Civil Veterinary Department Bihar & Orissa reports 1911-21 - 1911-1921
Year: 1911
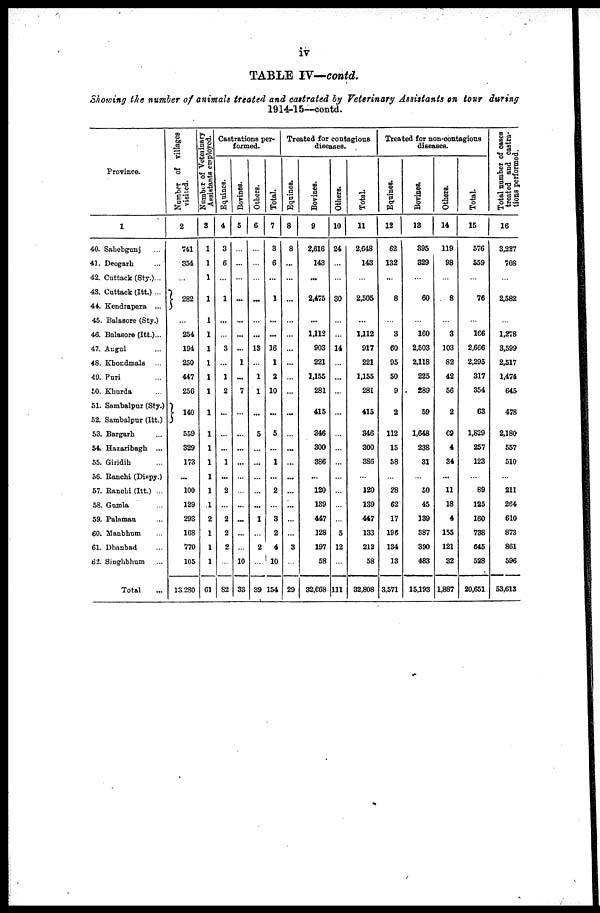
iv
TABLE IV— contd.
Showing the number of animals treated and castrated by Veterinary Assistants on tour during
1914-15--contd.
Province.
1
40. Sahebgunj ...
41. Deogarh ...
42. Cuttack (Sty.)...
43. Cuttack (Itt.) ...
44. Kendrapara ...
45. Balasore (Sty.)
46. Balasore (Itt.)...
47. Angul ...
48. Khondmals ...
49. Puri ...
50. Khurda ...
51. Sambalpur (Sty.)
52. Sambalpur (Itt.)
53. Bargarh ...
54. Hazaribagh ...
55. Giridih ...
56. Ranchi (Diapy.)
57. Ranchi (Itt.) ...
58. Gumla ...
59. Palamau ...
60. Manbhum ...
61. Dhanbad ...
62. Singhbhum ...
Total ...
Number of villages
visited.
2
741
354
...
282
...
254
194
250
447
256
140
559
329
173
...
100
129
293
168
770
105
13.280
Number of Veterinary
Assistants employed.
3
1
1
1
1
1
1
1
1
1
1
1
1
1
1
1
1
1
2
1
1
1
61
Castrations per-
formed.
Equincs.
4
3
6
...
1
...
...
3
...
1
2
...
...
...
1
...
2
...
2
2
2
...
82
Bovines.
5
...
...
...
...
...
...
...
1
...
7
...
...
...
...
...
...
...
...
...
...
10
33
Others.
6
...
...
...
...
...
...
13
...
1
1
...
5
...
...
...
...
...
1
...
2
...
39
Total.
7
3
6
...
1
...
...
16
1
2
10
...
5
...
1
...
2
...
3
2
4
10
154
Treated for contagious
diseases.
Equinca.
8
8
...
...
...
...
...
...
...
...
...
...
...
...
...
...
...
...
...
...
3
...
29
Bovines.
9
2,616
143
...
2,475
...
1,112
903
221
1,155
281
415
346
300
386
...
120
139
447
128
197
58
32,668
Others.
10
24
...
...
30
...
...
14
...
...
...
...
...
...
...
...
...
...
...
5
12
...
111
Total.
11
2,648
143
...
2,505
...
1,112
917
221
1,155
281
415
346
300
3S6
...
120
139
447
133
212
58
32,808
Treated for non-contagious
diseases.
Equines.
12
62
132
...
8
...
3
60
95
50
9
2
112
15
58
...
28
62
17
196
134
13
3,571
Bovines.
13
395
329
...
60
...
160
2,503
2,118
225
289
59
1,648
238
31
...
50
45
139
387
390
483
15,193
Others.
14
119
98
...
8
...
3
103
82
42
56
2
69
4
34
...
11
18
4
155
121
32
1,887
Total.
15
576
559
...
76
...
166
2,666
2,295
317
354
63
1,829
257
123
...
89
125
160
738
645
528
20,651
Total number of cases
treated and castra-
tions performed.
16
3,227
708
...
2,582
...
1,278
3,599
2,517
1,474
645
478
2,180
557
510
...
211
264
610
873
861
596
53,613